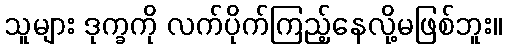
သူများ ဒုက္ခကို လက်ပိုက်ကြည့်နေလို့မဖြစ်ဘူး။